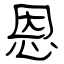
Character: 恩